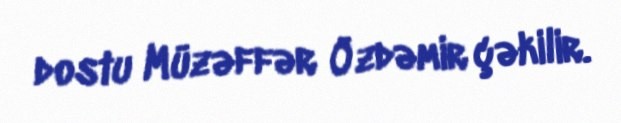
dostu Müzəffər Özdəmir çəkilir.